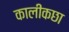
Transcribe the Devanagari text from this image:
कालीकछा